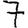
Digit: 7